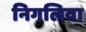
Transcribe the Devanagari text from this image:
निगलिवा